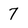
Character: 7